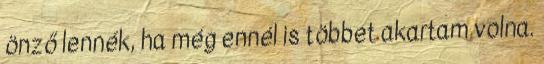
önző lennék, ha még ennél is többet akartam volna.